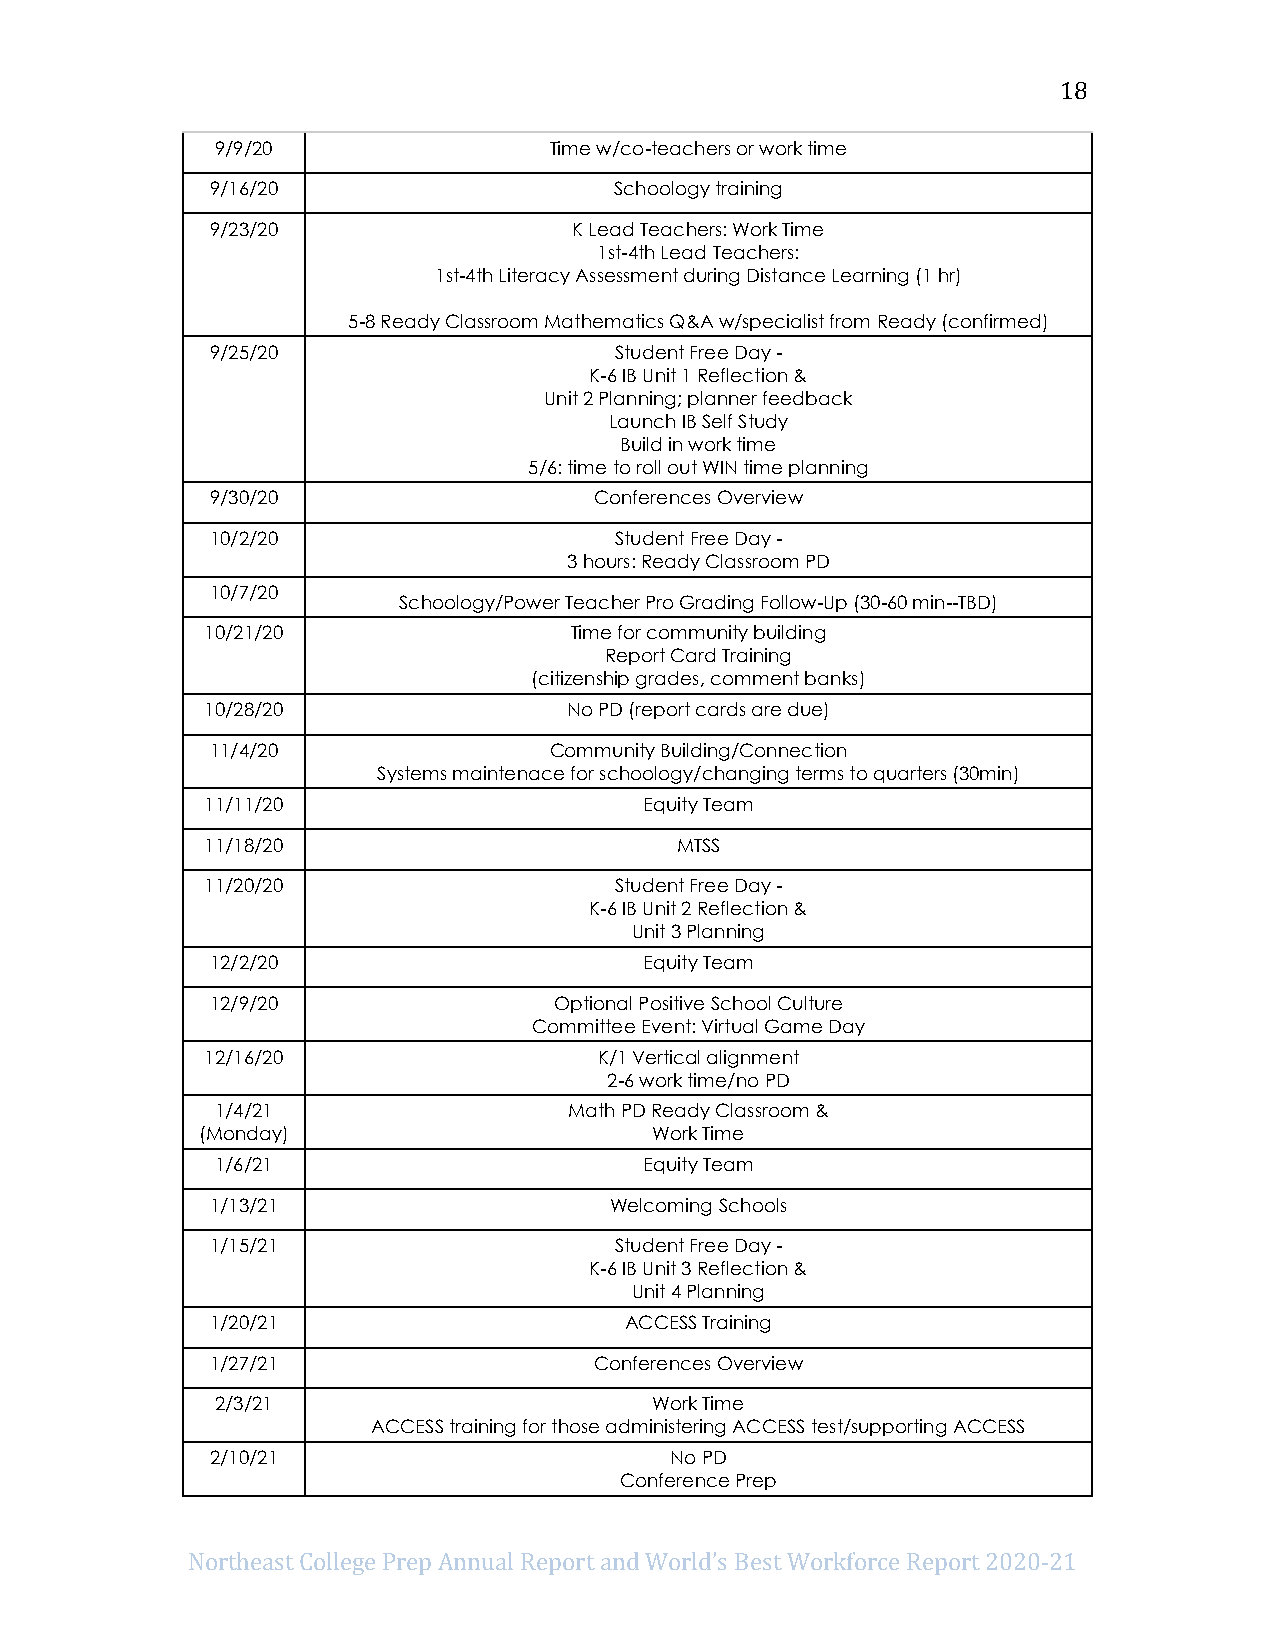
18
 9/9/20                Time w/co-teachers or work time
 9/16/20                    Schoology training
 9/23/20                 K Lead Teachers: Work Time
 1st-4th Lead Teachers:
 1st-4th Literacy Assessment during Distance Learning (1 hr)
 5-8 Ready Classroom Mathematics Q&A w/specialist from Ready (confirmed)
 9/25/20                    Student Free Day -
 K-6 IB Unit 1 Reflection &
 Unit 2 Planning; planner feedback
 Launch IB Self Study
 Build in work time
 5/6: time to roll out WIN time planning
 9/30/20                  Conferences Overview
 10/2/20                    Student Free Day -
 3 hours: Ready Classroom PD
 10/7/20
 Schoology/Power Teacher Pro Grading Follow-Up (30-60 min--TBD)
 10/21/20                Time for community building
 Report Card Training
 (citizenship grades, comment banks)
 10/28/20                No PD (report cards are due)
 11/4/20               Community Building/Connection
 Systems maintenace for schoology/changing terms to quarters (30min)
 11/11/20                     Equity Team
 11/18/20                       MTSS
 11/20/20                   Student Free Day -
 K-6 IB Unit 2 Reflection &
 Unit 3 Planning
 12/2/20                      Equity Team
 12/9/20                Optional Positive School Culture
 Committee Event: Virtual Game Day
 12/16/20                  K/1 Vertical alignment
 2-6 work time/no PD
 1/4/21                  Math PD Ready Classroom &
 (Monday)                      Work Time
 1/6/21                       Equity Team
 1/13/21                   Welcoming Schools
 1/15/21                    Student Free Day -
 K-6 IB Unit 3 Reflection &
 Unit 4 Planning
 1/20/21                    ACCESS Training
 1/27/21                  Conferences Overview
 2/3/21                       Work Time
 ACCESS training for those administering ACCESS test/supporting ACCESS
 2/10/21                       No PD
 Conference Prep
 Northeast College Prep Annual Report and World’s Best Workforce Report 2020-21